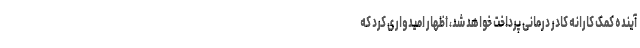
آینده کمک کارانه کادر درمانی پرداخت خواهد شد، اظهار امیدواری کرد که